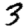
Digit: 3